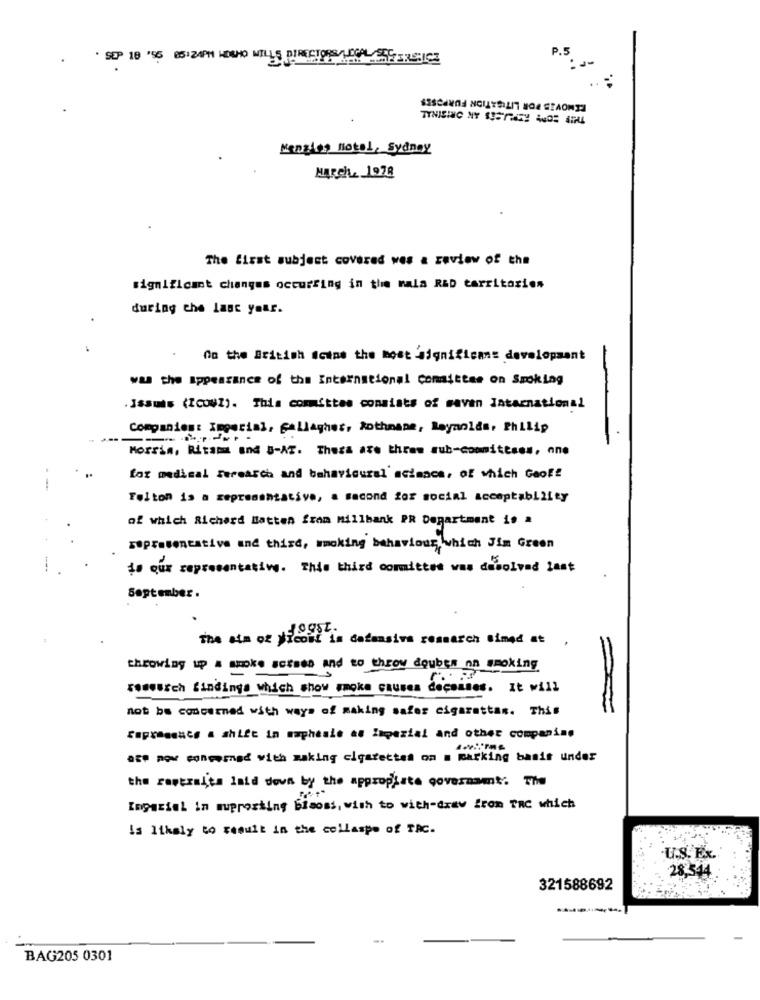
P.5
. SEP 18 '55 85:24PM HOSHO MILLS DIRECTORS/ ECAL SSE-RSLICE
Mengles Motel, Sydney
March, 1978
The first subject covered wes a review of the
significant changes occurring in the mala RED territories
during the last year.
On the British #cine the most significans development
was the appearance of the International committee on Smoking
.Issuis (Icoyz). This committee consists of savan Jatacnational
Companies: Imperial, gallagher, Rothnape, Reynolds, Philip
Morrin, Ritama and B-AT. Thesa ave threw sub-committees, ane
for medical Ferearch and behavioural acimace, of which Geoff
Felton is a representative, a second for social acceptabLiity
of which Richard Batten fram millbank PR Department is a
Representative and third, smoking behaviour, which Jim Green
is our representative. This third committed was dasolved last
September.
The aim of Nicowi is dafamsiva research simed at
throwing up a smoke sctses and to throw doubts on smoking
rewe.Sch findings which show smoke causes decommes. It will
not be concerned with ways of making wafer cigarettas. This
Sopressacs & shift in maphesie as lamezial and other companing
ago now concerned with making cigarettes on a marking basis under
the rertraits laid down by the approplate governamt. The
Ingarial in supporting bisous, wish to with-draw from The which
is likely to result in the collaspo of TAC.
U.S. Ex.
28.544
321588692
BAG205 0301